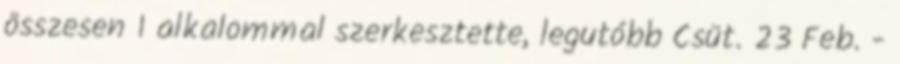
összesen 1 alkalommal szerkesztette, legutóbb Csüt. 23 Feb. -